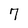
Character: 7